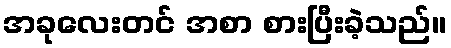
အခုလေးတင် အစာ စားပြီးခဲ့သည်။